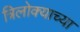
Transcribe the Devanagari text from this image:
त्रिलोक्याच्या